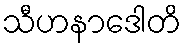
သီဟနာဒေါတိ